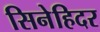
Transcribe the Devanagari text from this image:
सिनेहिदर